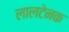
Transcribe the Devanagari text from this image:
लालटेनक